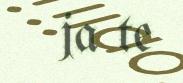
ja te